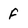
Character: f